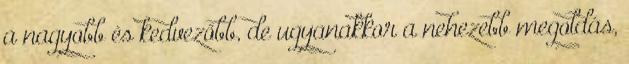
a nagyobb és kedvezőbb, de ugyanakkor a nehezebb megoldás,